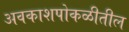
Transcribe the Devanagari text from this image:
अवकाशपोकळीतील